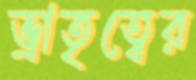
ভ্রাতৃত্বের